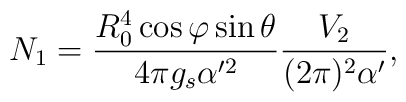
N_1 =\frac{R_0^4\cos\varphi \sin\theta}{4\pi g_s \alpha'^2}     \frac{V_2}{(2\pi)^2\alpha'},